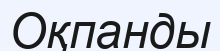
Оқпанды